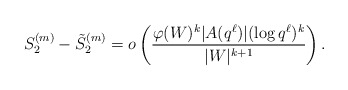
\begin{align*}S_2^{(m)} - \tilde{S}_2^{(m)} = o\left(\frac{\varphi(W)^k|A(q^\ell)|(\log q^\ell)^k}{|W|^{k+1}}\right).\end{align*}